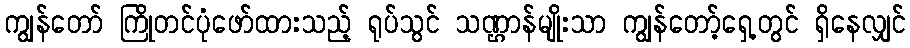
ကျွန်တော် ကြိုတင်ပုံဖော်ထားသည့် ရုပ်သွင် သဏ္ဌာန်မျိုးသာ ကျွန်တော့်ရှေ့တွင် ရှိနေလျှင်